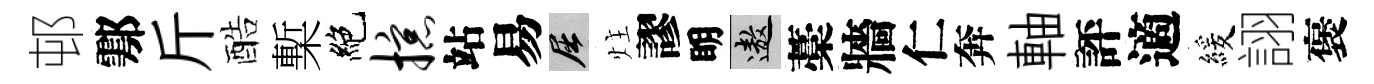
邨鄠斤酷槧絶掠站易屈炷謬眀遨藁牆仁奔軸評適緩詡褒